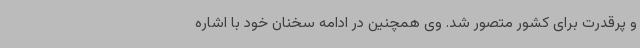
و پرقدرت برای کشور متصور شد. وی همچنین در ادامه سخنان خود با اشاره